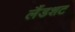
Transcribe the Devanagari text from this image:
लैंडशट